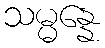
သမ္မန္နေ